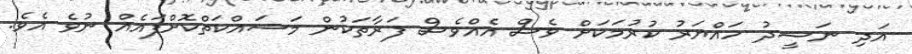
އަދި ނަޝީދު ހައްޔަރު ކުރުމަކަށް ވެސް އެެއްވެސް ފަރާތަކުން މަސައްކަތްކޮށްފައެއް ނުވެ އެވެ.